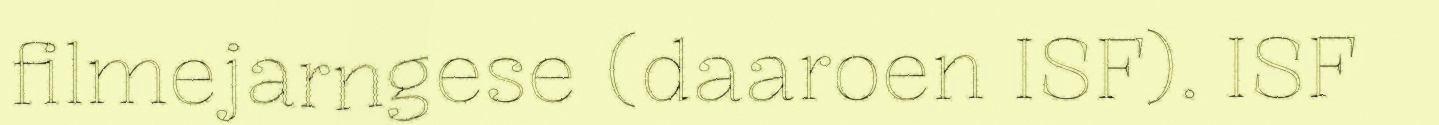
filmejarngese (daaroen ISF). ISF